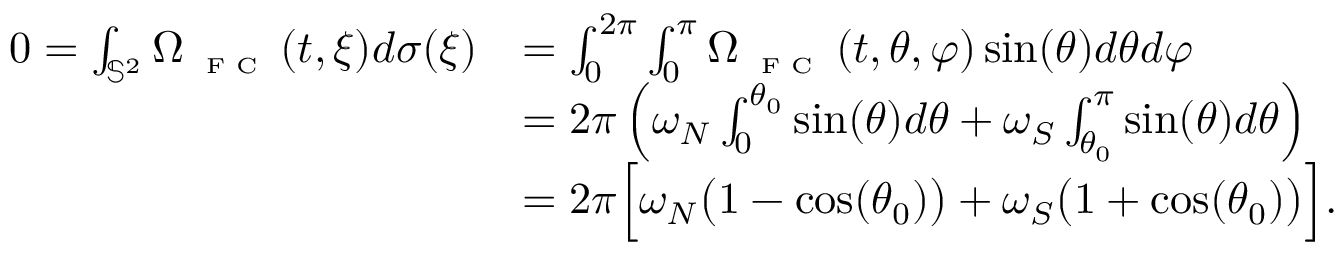
\begin{array} { r l } { 0 = \int _ { \mathbb { S } ^ { 2 } } \Omega _ { \textnormal { \tiny { F C } } } ( t , \xi ) d \sigma ( \xi ) } & { = \int _ { 0 } ^ { 2 \pi } \int _ { 0 } ^ { \pi } \Omega _ { \textnormal { \tiny { F C } } } ( t , \theta , \varphi ) \sin ( \theta ) d \theta d \varphi } \\ & { = 2 \pi \left( \omega _ { N } \int _ { 0 } ^ { \theta _ { 0 } } \sin ( \theta ) d \theta + \omega _ { S } \int _ { \theta _ { 0 } } ^ { \pi } \sin ( \theta ) d \theta \right) } \\ & { = 2 \pi \Big [ \omega _ { N } \big ( 1 - \cos ( \theta _ { 0 } ) \big ) + \omega _ { S } \big ( 1 + \cos ( \theta _ { 0 } ) \big ) \Big ] . } \end{array}